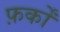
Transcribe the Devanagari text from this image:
फ़र्कों